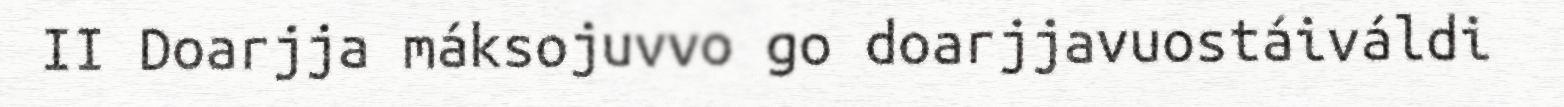
II Doarjja máksojuvvo go doarjjavuostáiváldi